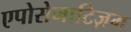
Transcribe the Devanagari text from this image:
एपोसेमाटिज़म